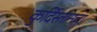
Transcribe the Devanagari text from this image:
कुर्दिस्तानचा